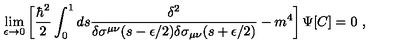
\lim _ { \epsilon \rightarrow 0 } \left[ { \frac { \hbar ^ { 2 } } { 2 } } \int _ { 0 } ^ { 1 } d s { \frac { \delta ^ { 2 } } { \delta \sigma ^ { \mu \nu } ( s - \epsilon / 2 ) \delta \sigma _ { \mu \nu } ( s + \epsilon / 2 ) } } - m ^ { 4 } \right] \Psi [ C ] = 0 \ ,